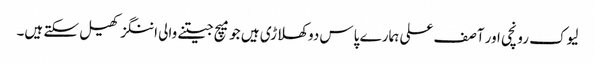
لیوک رونچی اور آصف علی ہمارے پاس دو کھلاڑی ہیں جو میچ جیتنے والی اننگز کھیل سکتے ہیں۔